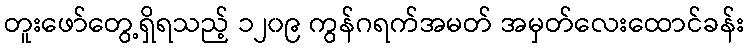
တူးဖော်တွေ့ရှိရသည့် ၁၂၀၉ ကွန်ဂရက်အမတ် အမှတ်လေးထောင်ခန်း